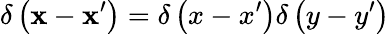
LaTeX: \delta\left(\mathbf{x}-\mathbf{x}^{\prime}\right)=\delta\left(x-x^{\prime}\right)\delta\left(y-y^{\prime}\right)